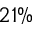
2 1 \%